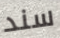
سند